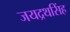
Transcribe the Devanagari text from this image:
जयद्रथसिंह